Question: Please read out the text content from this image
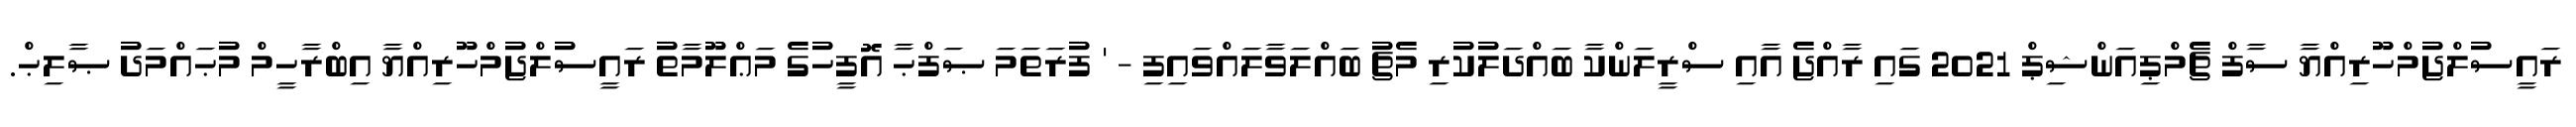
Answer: ރައީސުލްޖުމްހޫރިއްޔާ ސާފް ޗެމްޕިއަންޝިޕް 2021 ގައި ރާއްޖެ އާއި ސްރީލަންކާ ބައްދަލުކުރި މެޗު ބައްލަވާލައްވައިފި - ' ފުރަތަމަ ޞަފްޙާ އޮފީހުގެ މަޢްލޫމާތު ރައީސުލްޖުމްހޫރިއްޔާ އިބްރާހީމް މުޙައްމަދު ޞާލިޙް.